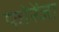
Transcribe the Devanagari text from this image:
फोरेंजा